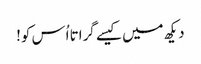
دیکھ میں کیسے گراتا اُس کو!